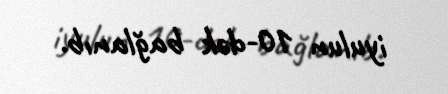
iyulun 10-dək bağlanıb.